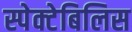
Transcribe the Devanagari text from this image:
स्पेक्टेबिलिस